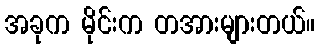
အခုက မိုင်းက တအားများတယ်။